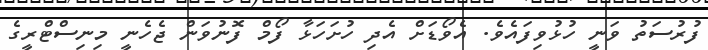
ފުރުސަތު ވަނީ ހުޅުވިފައެވެ. އެވޯޑަށް އެދި ހުށަހަޅާ ފޯމް ފޮނުވަން ޖެހެނީ މިނިސްޓްރީގެ